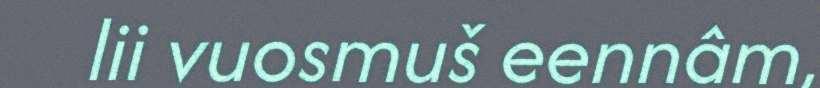
lii vuosmuš eennâm,